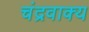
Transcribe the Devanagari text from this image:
चंद्रवाक्य